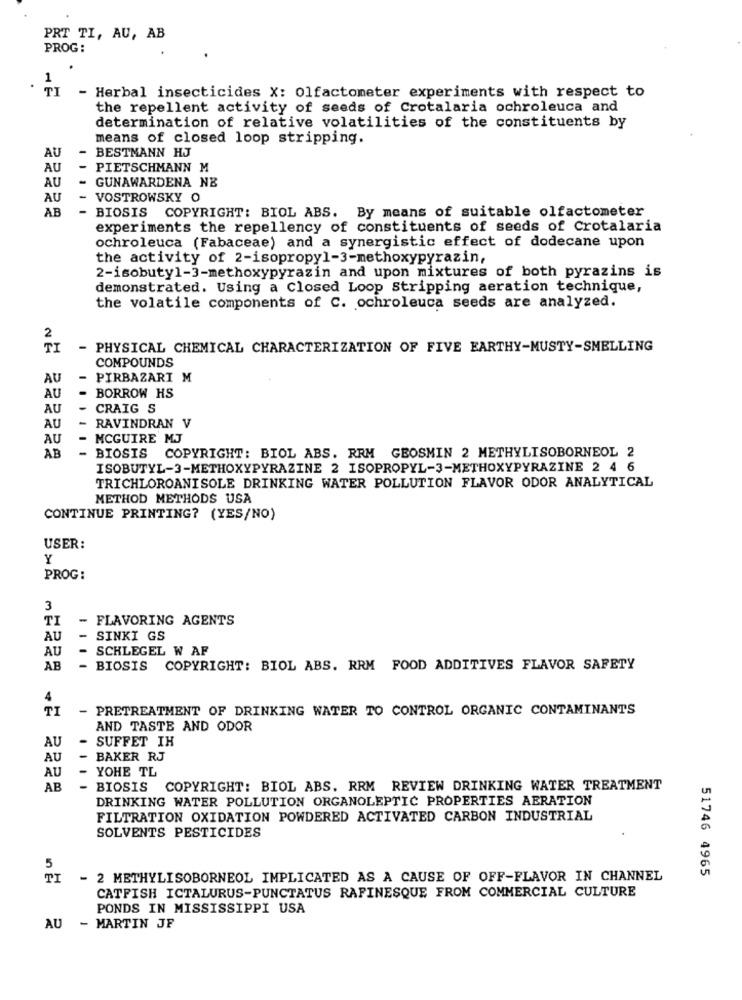
PRT TI, AU, AB
PROG :
1
TI
- Herbal insecticides X: olfactometer experiments with respect to
the repellent activity of seeds of Crotalaria ochroleuca and
determination of relative volatilities of the constituents by
means of closed loop stripping.
BESTMANN HJ
AU
AU
PIETSCHMANN M
GUNAWARDENA NE
AU
AU
VOSTROWSKY O
AB
BIOSIS COPYRIGHT: BIOL ABS. By means of suitable olfactometer
experiments the repellency of constituents of seeds of Crotalaria
ochroleuca (Fabaceae) and a synergistic effect of dodecane upon
the activity of 2-isopropyl-3-methoxypyrazin,
2-isobutyl-3-methoxypyrazin and upon mixtures of both pyrazins is
demonstrated. Using a Closed Loop Stripping aeration technique,
the volatile components of C. ochroleuca seeds are analyzed.
2
TI
- PHYSICAL CHEMICAL CHARACTERIZATION OF FIVE EARTHY-MUSTY-SMELLING
COMPOUNDS
AU
PIRBAZARI M
AU
BORROW HS
AU
CRAIG S
AU
RAVINDRAN V
AU
- MCGUIRE MJ
AB
- BIOSIS COPYRIGHT: BIOL ABS. REM GEOSMIN 2 METHYLISOBORNEOL 2
ISOBUTYL-3-METHOXYPYRAZINE 2 ISOPROPYL-3-METHOXYPYRAZINE 2 4 6
TRICHLOROANISOLE DRINKING WATER POLLUTION FLAVOR ODOR ANALYTICAL
METHOD METHODS USA
CONTINUE PRINTING? (YES/NO)
USER:
Y
PROG:
3
TI
- FLAVORING AGENTS
AU
- SINKI GS
AU
- SCHLEGEL W AF
AB
- BIOSIS COPYRIGHT: BIOL ABS. RRM FOOD ADDITIVES FLAVOR SAFETY
4
TI
- PRETREATMENT OF DRINKING WATER TO CONTROL ORGANIC CONTAMINANTS
AND TASTE AND ODOR
- SUFFET IH
AU
AU
BAKER RJ
AU
- YOHE TL
AB
- BIOSIS COPYRIGHT: BIOL ABS. RRM REVIEW DRINKING WATER TREATMENT
DRINKING WATER POLLUTION ORGANOLEPTIC PROPERTIES AERATION
FILTRATION OXIDATION POWDERED ACTIVATED CARBON INDUSTRIAL
SOLVENTS PESTICIDES
5
51746 4965
TT
- 2 METHYLISOBORNEOL IMPLICATED AS A CAUSE OF OFF-FLAVOR IN CHANNEL
CATFISH ICTALURUS-PUNCTATUS RAFINESQUE FROM COMMERCIAL CULTURE
PONDS IN MISSISSIPPI USA
AU
- MARTIN JF